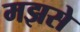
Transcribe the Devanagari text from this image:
मझसे